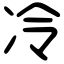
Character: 冷